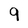
Character: 9